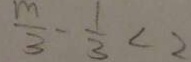
\frac { m } { 3 } - \frac { 1 } { 3 } < 2